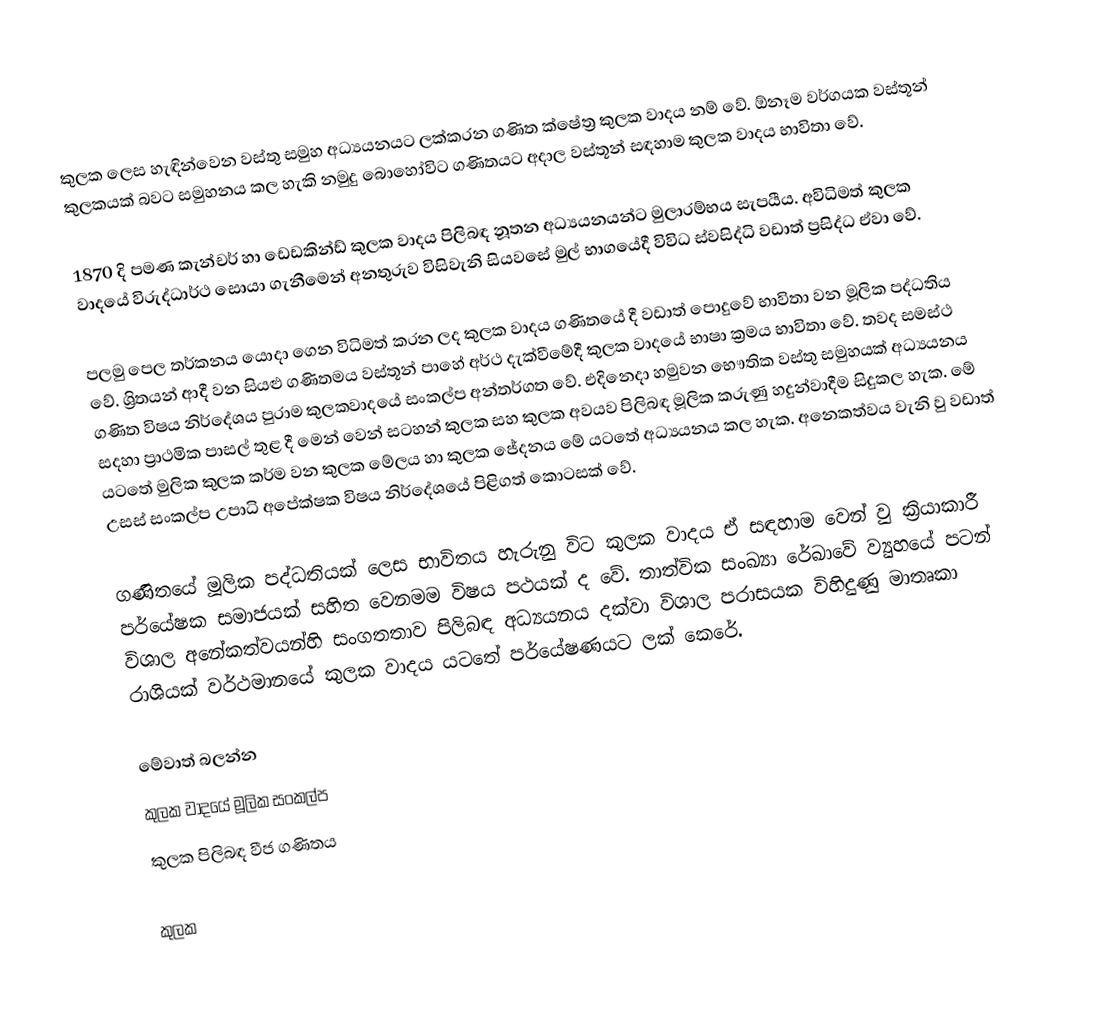
කුලක ලෙස හැඳින්වෙන වස්තු සමුහ අධ්‍යයනයට ලක්කරන ගණිත ක්ෂේත්‍ර කුලක වාදය නම් වේ. ඕනෑම වර්ගයක වස්තූන් කුලකයක් බවට සමුහනය කල හැකි නමුදු බොහෝවිට ගණිතයට අදාල වස්තූන් සඳහාම කුලක වාදය භාවිතා වේ.

1870 දි පමණ කැන්චර් හා ඩෙඩකින්ඩ් කුලක වාදය පිලිබඳ නූතන අධ්‍යයනයන්ට මුලාරම්භය සැපයීය. අවිධිමත් කුලක වාදයේ විරුද්ධාර්ථ සොයා ගැනීමෙන් අනතුරුව විසිවැනි සියවසේ මුල් භාගයේදී විවිධ ස්වසිද්ධි වඩාත් ප්‍රසිද්ධ ඒවා වේ.

පලමු පෙල තර්කනය යොදා ගෙන විධිමත් කරන ලද කුලක වාදය ගණිතයේ දී වඩාත් පොදුවේ භාවිතා වන මූලික පද්ධතිය වේ. ශ්‍රිතයන් ආදී වන සියළු ගණිතමය වස්තූන් පාහේ අර්ථ දැක්වීමේදී කුලක වාදයේ භාෂා ක්‍රමය භාවිතා වේ. තවද සමස්ථ ගණිත විෂය නිර්දේශය පුරාම කුලකවාදයේ සංකල්ප අන්තර්ගත වේ. එදිනෙදා හමුවන භෞතික වස්තු සමුහයක් අධ්‍යයනය සදහා ප්‍රාථමික පාසල් තුළ දී මෙන් වෙන් සටහන් කුලක සහ කුලක අවයව පිලිබඳ මූලික කරුණු හදුන්ව‍ාදීම සිදුකල හැක. මේ යටතේ මුලික කුලක කර්ම වන කුලක මේලය හා කුලක ජේදනය මේ යටතේ අධ්‍යයනය කල හැක. අනෙකත්වය වැනි වු වඩාත් උසස් සංකල්ප උපාධි අපේක්ෂක විෂය නිර්දේශයේ පිළිගත් කොටසක් වේ.

ගණිතයේ මූලික පද්ධතියක් ලෙස භාවිතය හැරුනු විට කුලක වාදය ඒ සඳහාම වෙන් වු ක්‍රියාකාරී පර්යේෂක සමාජයක් සහිත වෙනමම විෂය පථයක් ද වේ. තාත්වික සංඛ්‍යා රේඛාවේ ව්‍යුහයේ පටන් විශාල අනේකත්වයන්හි සංගතතාව පිලිබඳ අධ්‍යයනය දක්වා විශාල පරාසයක විහිදුණු මාතෘකා රාශියක් වර්ථමානයේ කුලක වාදය යටතේ පර්යේෂණයට ලක් කෙරේ.

මේවාත් බලන්න
 කුලක වාදයේ මූලික සංකල්ප
 කුලක පිලිබඳ වීජ ගණිතය

කුලක